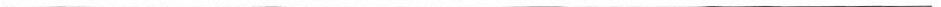
___